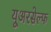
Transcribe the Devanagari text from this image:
यूअरसेल्फ